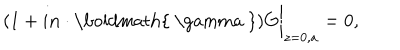
LaTeX: ( 1 + i { \bf n } \cdot \mathrm { \boldmath { ~ \ g a m m a ~ } } ) G \bigg | _ { z = 0 , a } = 0 ,